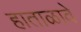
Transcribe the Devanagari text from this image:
हाताळावे